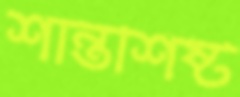
শান্তশিষ্ট